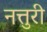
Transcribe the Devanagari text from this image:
नत्तुरी